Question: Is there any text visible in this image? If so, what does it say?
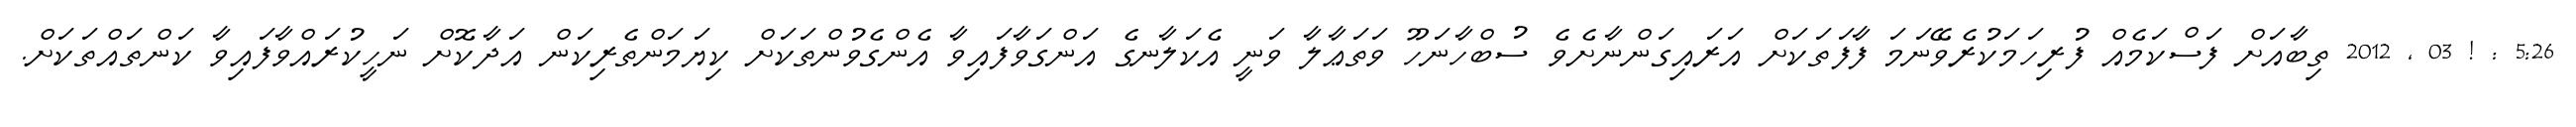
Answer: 5:26 : ! 03 , 2012 ތިބާއަށް ފަސްކަމެއް ފުރިހަމަކުރެވޭނަމަ ފާފަތަކަށް އަރައިގަންނާށެވެ ސުބްހާނަހޫ ވަތަޢާލާ ވަނީ އެކަލާނގެ އަންގަވާފައިވާ އެންގެވުންތަކަށް ކިޔަމަންތެރިކަން އަދާކޮށް ނަހީކުރައްވާފައިވާ ކަންތައްތަކަށް.